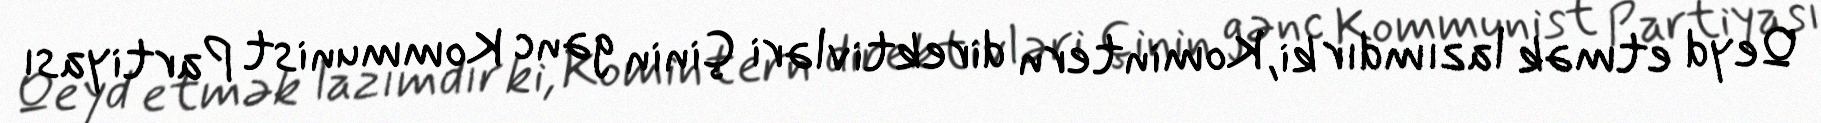
Qeyd etmək lazımdır ki, Komintern direktivləri Çinin gənc Kommunist Partiyası